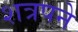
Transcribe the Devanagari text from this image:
शत्रपने